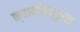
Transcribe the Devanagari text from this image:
न्यायनिष्टुरता